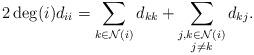
LaTeX: \begin{align*}2 \deg(i) d_{ii} = \sum_{k\in\mathcal{N}(i)} d_{kk} + \sum_{\substack{j,k \in \mathcal{N}(i)\\j\neq k}}d_{kj}.\end{align*}